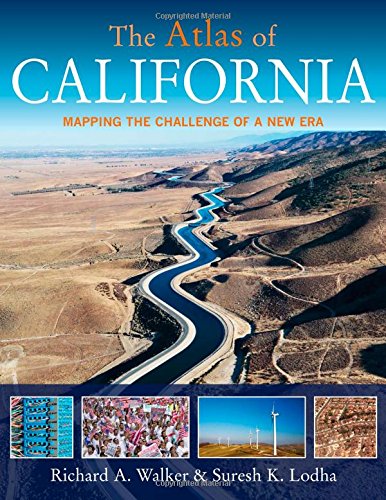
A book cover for The Atlas of California: Mapping the Challenge of a New Era (Atlas Of... (University of California Press)); Richard A. Walker; Politics & Social Sciences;